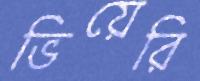
ভিয়েরি